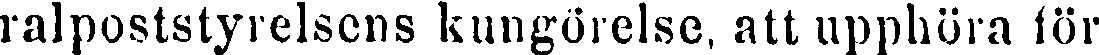
ralpoststyrelsens kungörelse, att upphöra för